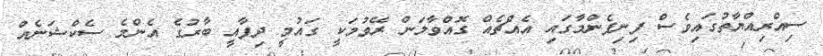
ސިއްރިއްޔާތުގައިވެސް ފިނިފެންމާގައި އެއްޗެއް ގޮއްވާލަން ރޭވުމަކީ ގައުމީ ދިފާއީ ބާރުގެ އެންމެ ސެކްޝަނެއް